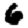
Digit: 6